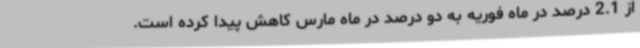
از 2.1 درصد در ماه فوریه به دو درصد در ماه مارس کاهش پیدا کرده است.